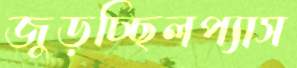
জুড়চ্ছিলপ্যাস